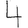
Digit: 4